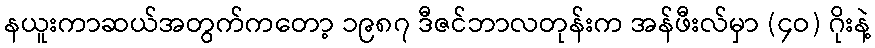
နယူးကာဆယ်အတွက်ကတော့ ၁၉၈၇ ဒီဇင်ဘာလတုန်းက အန်ဖီးလ်မှာ (၄ဝ) ဂိုးနဲ့